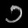
Digit: ၁